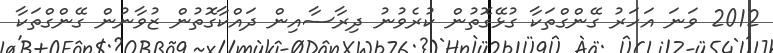
2012 ވަނަ އަހަރު ގޭންގްތަކާ ގުޅޭގޮތުން ކުރެވުނު ދިރާސާއިން ދައްކާގޮތުން ޒުވާނުން ގޭންގްތަކާ